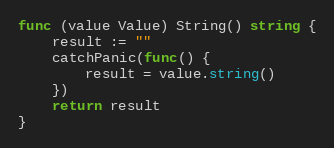
Language: Go
func (value Value) String() string {
	result := ""
	catchPanic(func() {
		result = value.string()
	})
	return result
}